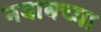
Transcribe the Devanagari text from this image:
नवाबच्या